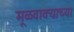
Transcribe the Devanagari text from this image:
मूळवाक्याच्या